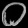
Digit: ၀